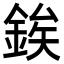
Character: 𨧚